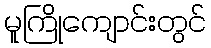
မူကြိုကျောင်းတွင်